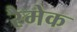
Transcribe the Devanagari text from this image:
रैमेक